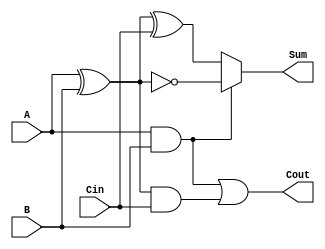
module ConditionalSumFullAdder (
    input wire A,     // First significant bit
    input wire B,     // Second significant bit
    input wire Cin,   // Carry input from the previous less significant stage
    output wire Sum,  // Resulting sum of the inputs
    output wire Cout  // Resulting carry output
);

    // Intermediate signals for carry generation
    wire C1;         // Carry generated from A and B
    wire C2;         // Carry generated from (A XOR B) and Cin
    wire A_XOR_B;    // Intermediate sum of A and B

    // Carry generation logic
    assign C1 = A & B;                     // C1 = A AND B
    assign A_XOR_B = A ^ B;                // A_XOR_B = A XOR B
    assign C2 = A_XOR_B & Cin;             // C2 = (A XOR B) AND Cin
    assign Cout = C1 | C2;                 // Cout = C1 OR C2

    // Sum calculation logic
    assign Sum = C1 ? (A_XOR_B ^ 1'b1) : (A_XOR_B ^ Cin); // Conditional sum logic

endmodule